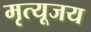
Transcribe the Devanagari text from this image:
मृत्यूजय